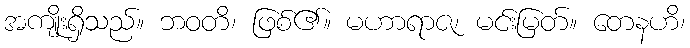
အကျိုးရှိသည်။ ဘဝတိ၊ ဖြစ်၏။ မဟာရာဇ၊ မင်းမြတ်။ တေနဟိ၊